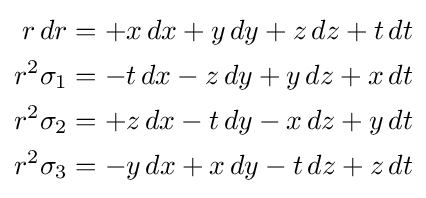
{\begin{aligned}r\,dr&=+x\,dx+y\,dy+z\,dz+t\,dt\\r^{2}\sigma _{1}&=-t\,dx-z\,dy+y\,dz+x\,dt\\r^{2}\sigma _{2}&=+z\,dx-t\,dy-x\,dz+y\,dt\\r^{2}\sigma _{3}&=-y\,dx+x\,dy-t\,dz+z\,dt\end{aligned}}